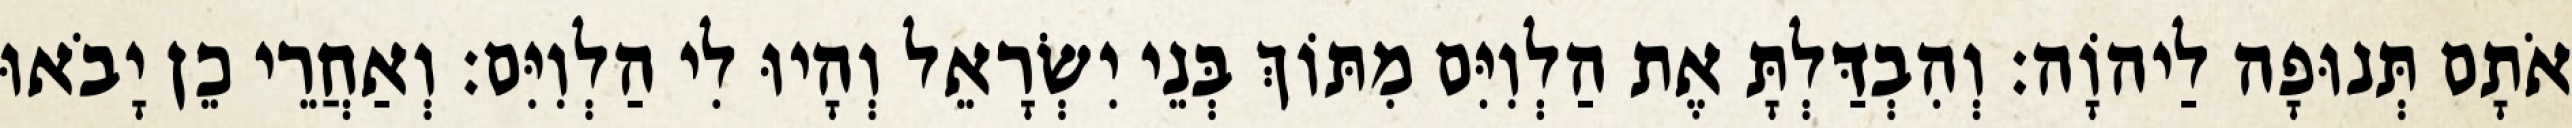
אֹתָם תְּנוּפָה לַיהוָֹה׃ וְהִבְדַּלְתָּ אֶת הַלְוִיִּם מִתּוֹךְ בְּנֵי יִשְׂרָאֵל וְהָיוּ לִי הַלְוִיִּם׃ וְאַחֲרֵי כֵן יָבֹאוּ